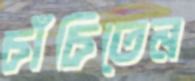
চাঁচিতেন